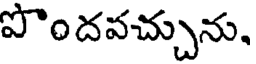
పొం దవచ్చును,